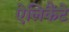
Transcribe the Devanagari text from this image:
ऐलिकैंटे